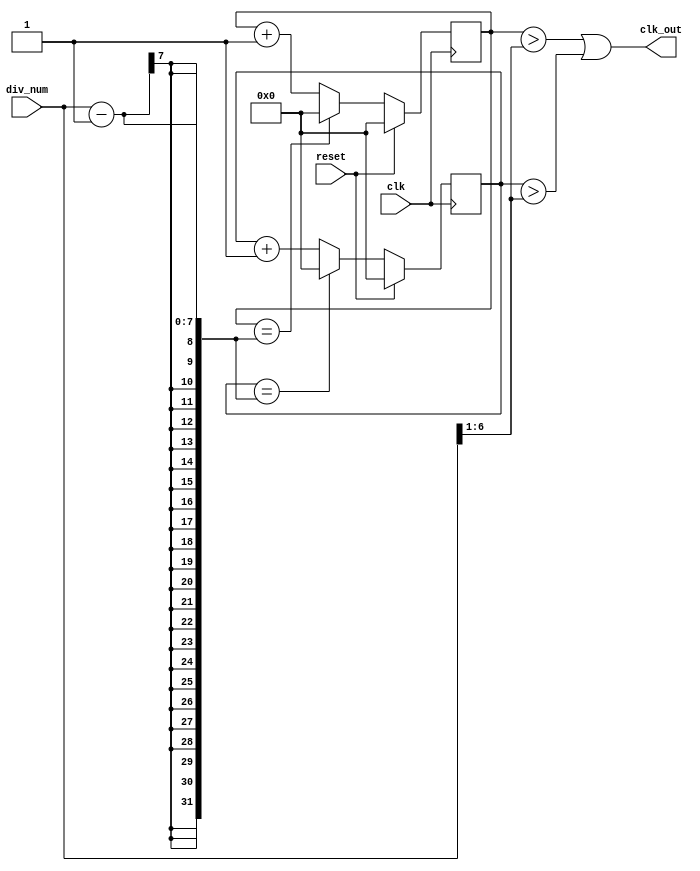

module clk_div_n #(
parameter WIDTH = 7)
 
(clk,reset,div_num, clk_out);
 
input clk;
input reset; 
input [WIDTH-1:0] div_num;
output clk_out;
 
reg [WIDTH-1:0] pos_count, neg_count;
wire [WIDTH-1:0] r_nxt;
 
 always @(posedge clk)
 if (reset)
 pos_count <=0;
 else if (pos_count ==div_num-1) pos_count <= 0;
 else pos_count<= pos_count +1;
 
 always @(negedge clk)
 if (reset)
 neg_count <=0;
 else  if (neg_count ==div_num-1) neg_count <= 0;
 else neg_count<= neg_count +1; 
 
assign clk_out = ((pos_count > (div_num>>1)) | (neg_count > (div_num>>1))); 
endmodule